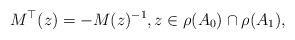
LaTeX: \begin{align*} M^\top(z)=-M(z)^{-1},z\in\rho(A_0)\cap\rho(A_1),\end{align*}